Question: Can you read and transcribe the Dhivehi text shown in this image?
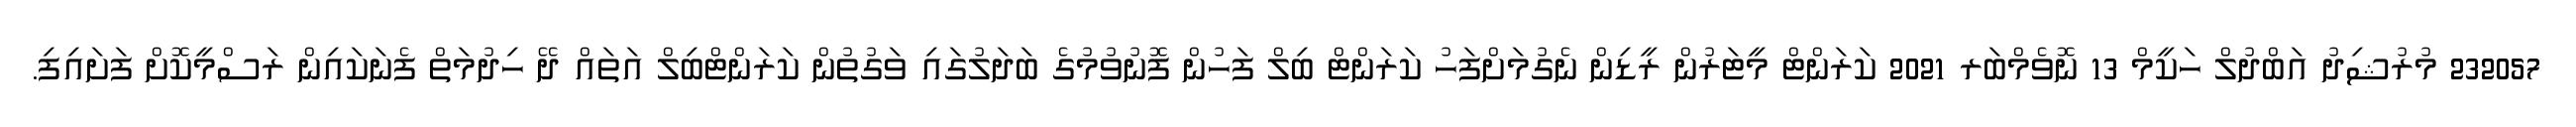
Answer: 232057 މުރުޝިދު އަބްދުލް ހަކީމް 13 ނޮވެމްބަރ 2021 ކަރަންޓް މީޓަރުން ރީޑިން ނެގުމަށްފަހު ކަރަންޓް ބިލް ފަހުން ފޮނުވުމުގެ ބަދަލުގައި ވަގުތުން ކަރަންޓްބިލް އަތައް ދޭ ހިދުމަތް ފެނަކައިން ރަސްމީކޮށް ފަށައިފި.